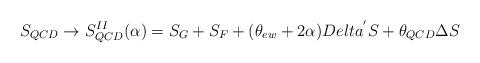
LaTeX: \begin{align*}S_{QCD} \rightarrow S^{II}_{QCD}(\alpha) = S_{G} + S_{F} +(\theta_{ew} + 2\alpha) Delta^{'}S + \theta_{QCD} \Delta S\end{align*}